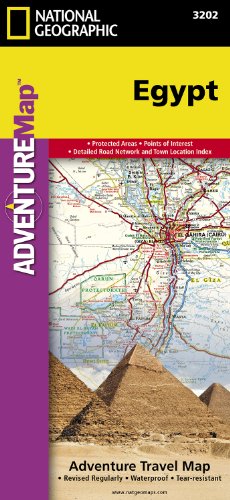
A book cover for Egypt (National Geographic Adventure Map); National Geographic Maps - Adventure; Travel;